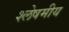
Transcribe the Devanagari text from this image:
श्लेषमीय